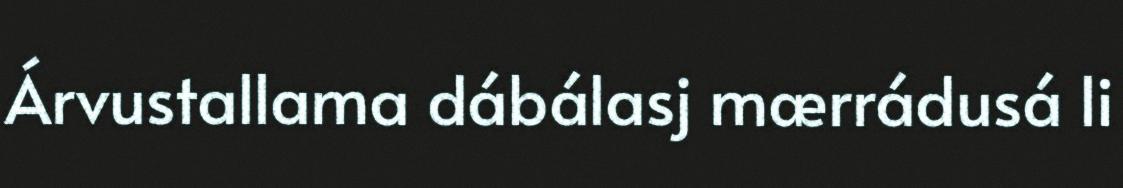
Árvustallama dábálasj mærrádusá li